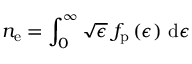
n _ { \mathrm { e } } = \int _ { 0 } ^ { \infty } \sqrt { \epsilon } \; f _ { \mathrm { p } } \left( \epsilon \right) \, \mathrm { d } \epsilon